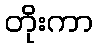
တိုးကာ